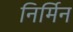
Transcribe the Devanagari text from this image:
निर्मिन